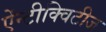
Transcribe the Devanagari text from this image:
ऐंन्टीक्विटीज